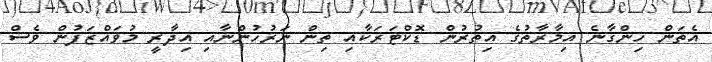
އެތަން ހިންގާނެ އިމާރާތުގެ އިތުރުން ޑޮކްޓަރަކާއި ތިން ނަރުހުންނާއި އިދާރީ މުވައްޒަފުން ވެސް